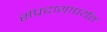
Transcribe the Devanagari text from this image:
संप्रदायापर्यंत